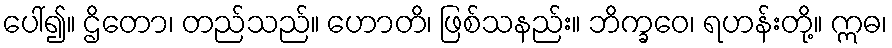
ပေါ်၍။ ဌိတော၊ တည်သည်။ ဟောတိ၊ ဖြစ်သနည်း။ ဘိက္ခဝေ၊ ရဟန်းတို့။ ဣဓ၊